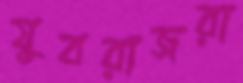
যুবরাজরা